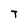
Character: T